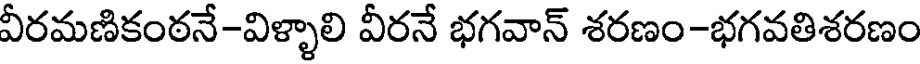
వీరమణికంఠనే-విళ్ళాలి వీరనే భగవాన్ శరణం-భగవతిశరణం